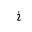
Letter: _kha